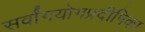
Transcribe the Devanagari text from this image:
सर्वांगयोगप्रदीपिका